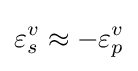
\varepsilon _{s}^{v}\approx -\varepsilon _{p}^{v}